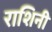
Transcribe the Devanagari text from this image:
राशिनी